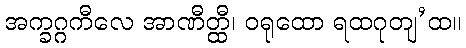
အက္ခဂ္ဂကီလေ အာဏီတ္ထီ၊ ဝရုထော ရထဂုတျ’ထ။